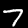
Label: 7